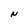
Character: N